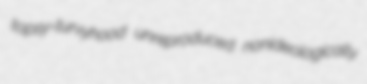
topsy-turvyhood unreproduced nonideologically